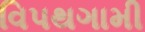
વિપથગામી